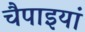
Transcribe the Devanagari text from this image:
चैपाइयां